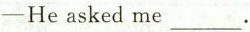
—He asked me___.